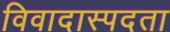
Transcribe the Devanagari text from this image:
विवादास्पदता